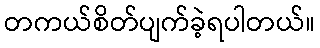
တကယ်စိတ်ပျက်ခဲ့ရပါတယ်။